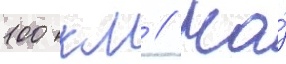
100 км // На́